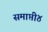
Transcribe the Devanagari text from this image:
समाप्ती४